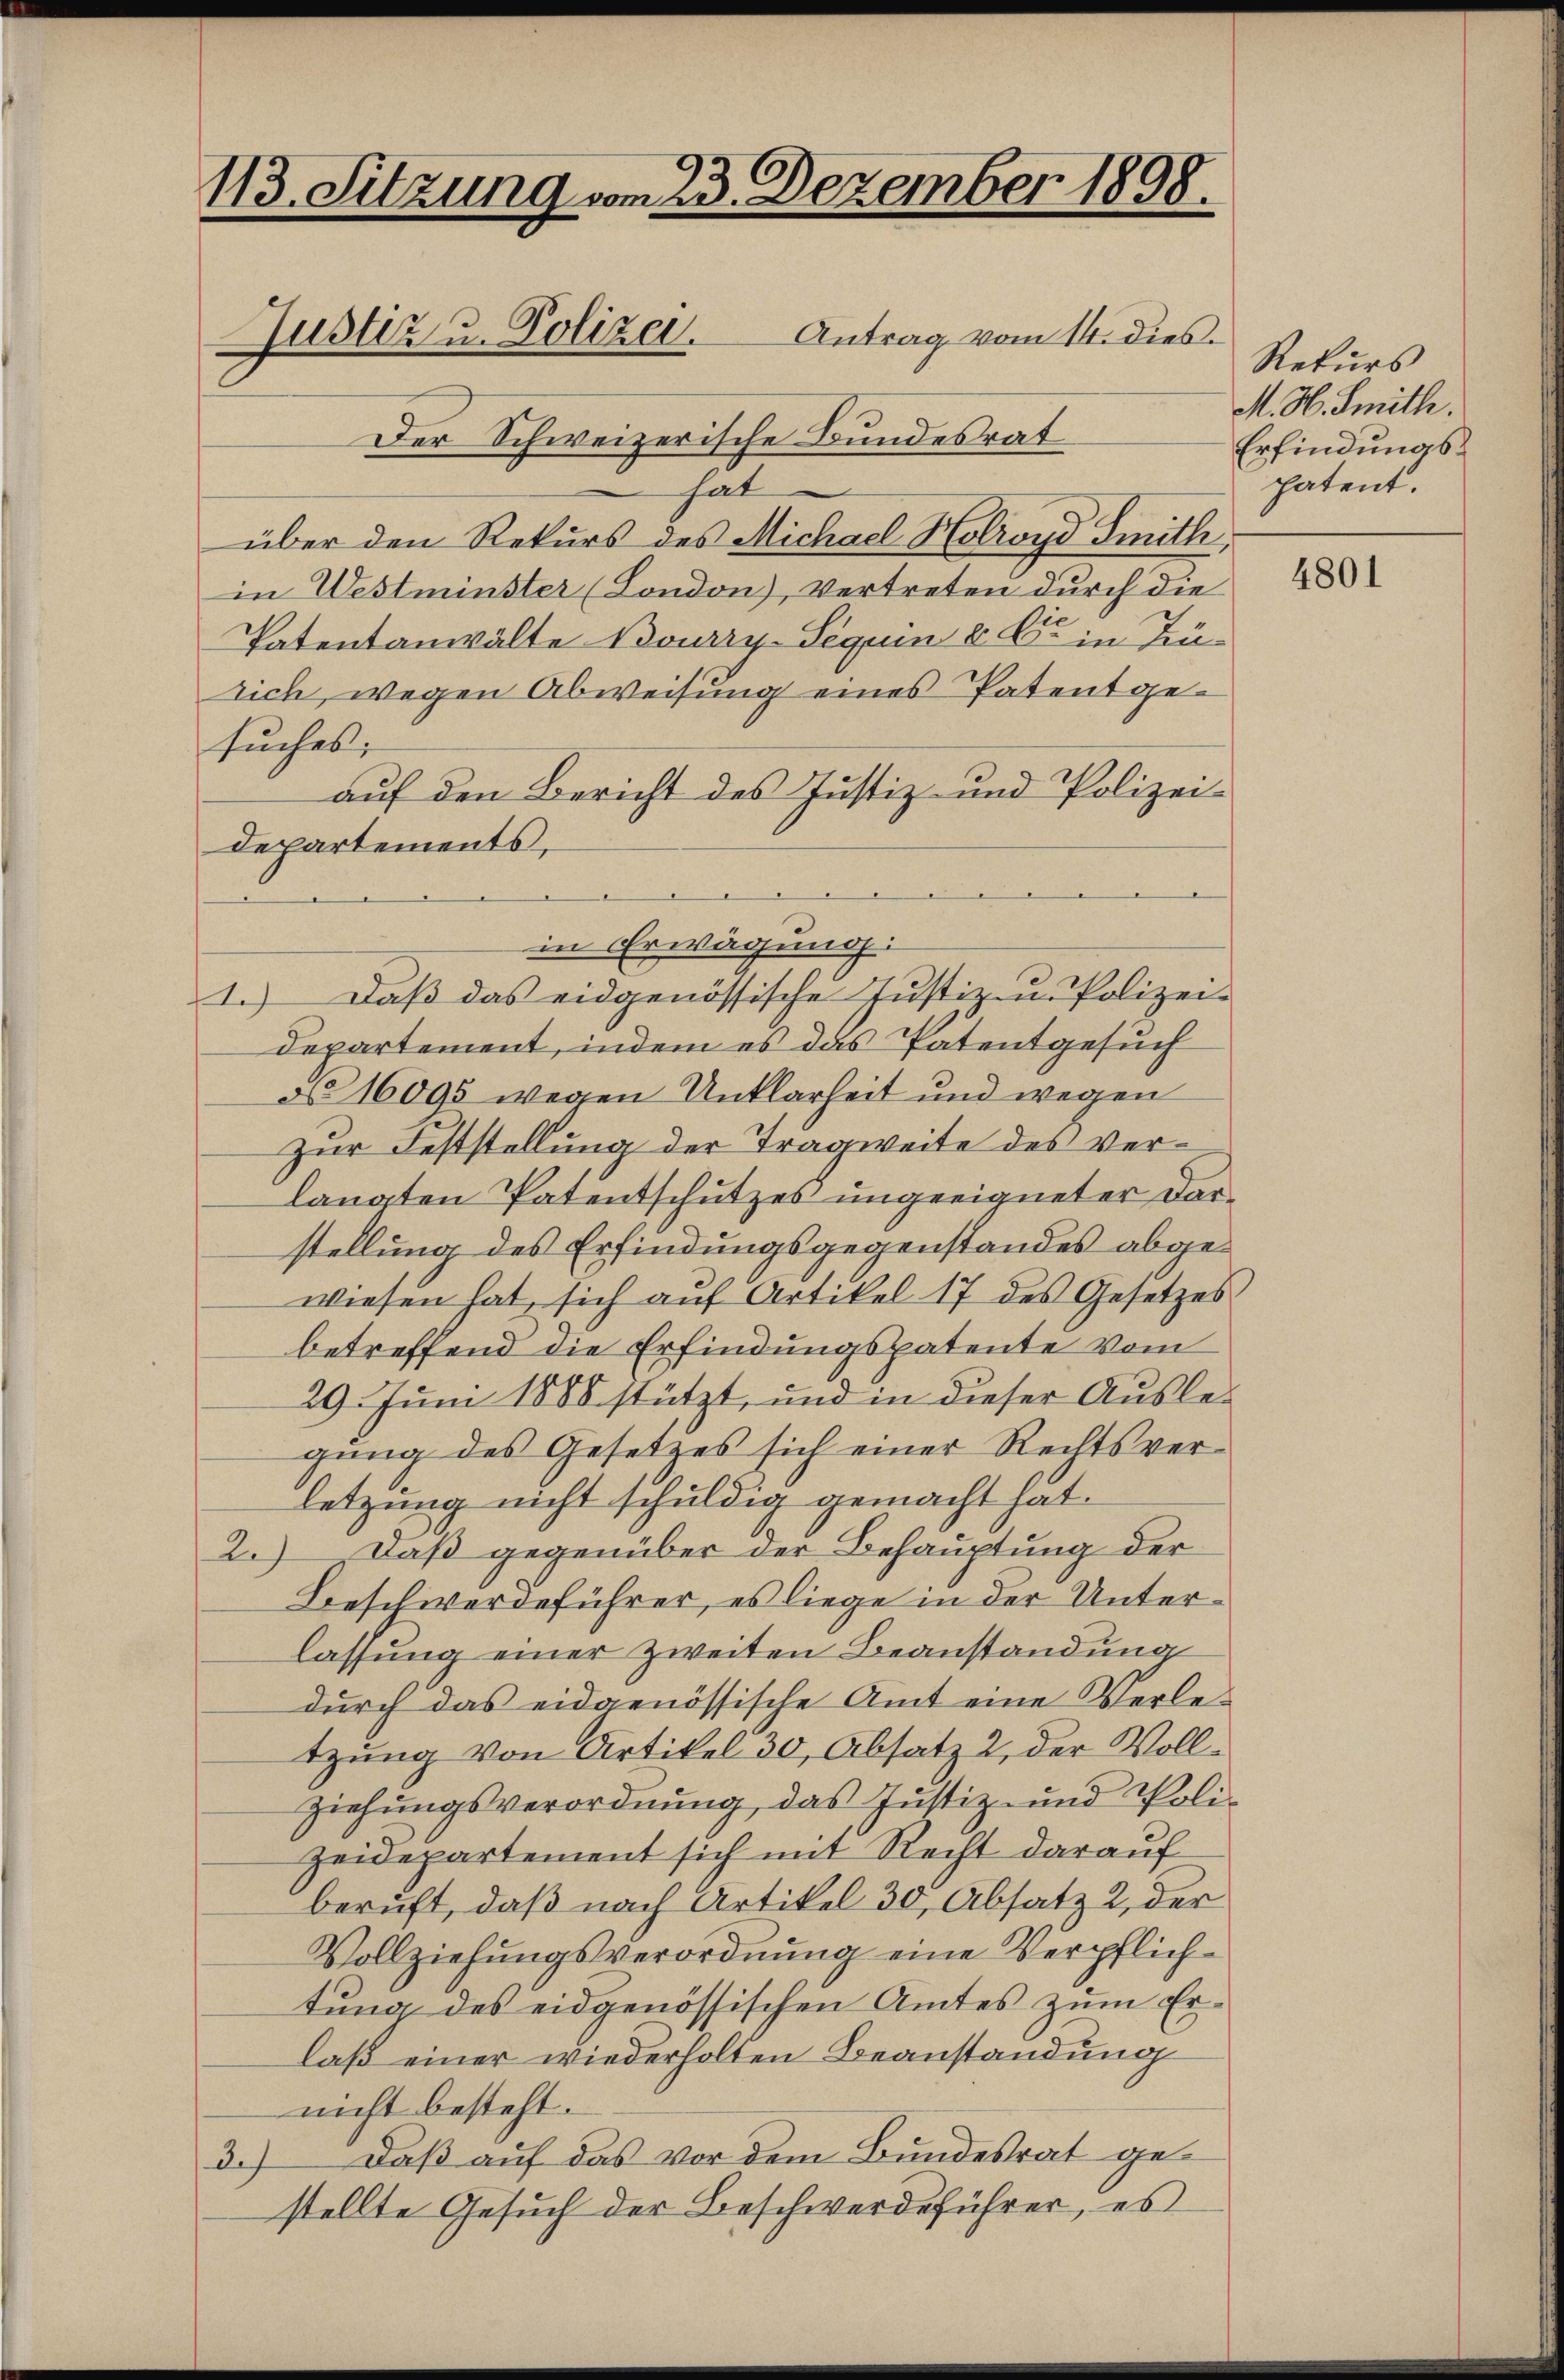
113. Sitzung vom 23. Dezember 1898.
Justiz u. Polizei. Antrag vom 14. dies

Der Schweizerische Bundesrat
hat
über den Rekurs des Michael Holroyd Smith
in Westminster (London), Vertreten durch die
Patentanwälte Bourry-Sequen 8 o in Frürich, wegen Abweisung eines Patentgesuches:
auf den Bericht des Justiz- und Polizei¬
Departements,
1.) Daß das eidgenössische Justiz- u. Polizei-
Departement, indem es das Patentgesuch
d 16095 wegen Unklarheit und wegen
zur Feststellung der Tragweite des verlangten Patentschutzes ungeeigneter Darstellung des Erfindungsgegenstandes abgewiesen hat, sich auf Artikel 17 des Gesetzes
betreffend die Erfindungspatente vom
29. Juni 1888 stützt, und in dieser Auslegung des Gesetzes sich einer Rechtsverletzung nicht schuldig gemacht hat.
2.) Daß gegenüber der Behauptung der
Beschwerdeführer, es liege in der Unterlassung einer zweiten Beanstandung
durch das eidgenössische Amt eine Verletzung von Artikel 30, Absatz 2, der Vollziehungsverordnung, das Justiz- und Poli-
Zeidepartement sich mit Recht darauf
beruft, daß nach Artikel 30, Absatz 2, der
Vollziehungsverordnung eine Verpflichtung des eidgenössischen Amtes zum Erlaß einer wiederholten Beanstandung
nicht besteht.
Daß auf das vor dem Bundesrat gedef
stellte Gesuch der Beschwerdeführer, es

in Erwägung:

Rekurs
M. H. Smith.
Erfindungspatent.

z

4801